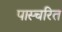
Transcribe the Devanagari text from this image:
पास्चरित